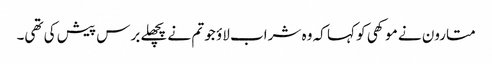
متارون نے موکھی کو کہا کہ وہ شراب لاؤ جو تم نے پچھلے برس پیش کی تھی۔